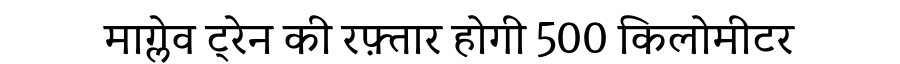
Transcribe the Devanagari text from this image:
माग्लेव ट्रेन की रफ़्तार होगी 500 किलोमीटर